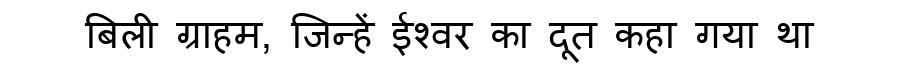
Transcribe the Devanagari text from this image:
बिली ग्राहम, जिन्हें ईश्वर का दूत कहा गया था